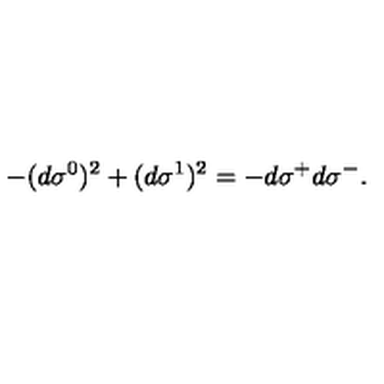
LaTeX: - ( d \sigma ^ { 0 } ) ^ { 2 } + ( d \sigma ^ { 1 } ) ^ { 2 } = - d \sigma ^ { + } d \sigma ^ { - } .